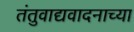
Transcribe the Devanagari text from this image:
तंतुवाद्यवादनाच्या